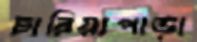
চারিয়াপাড়া